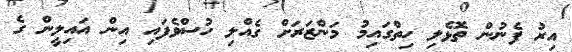
އިރު ފެނުން ތޮޅެލި ހިތްގައިމު މަންޒަރަށް ގެއްލި ހުސްވެފައި އިން އައިލީން ގެ